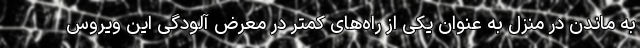
به ماندن در منزل به عنوان یکی از راه‌های کمتر در معرض آلودگی این ویروس